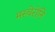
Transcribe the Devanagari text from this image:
मस्चेरोनि